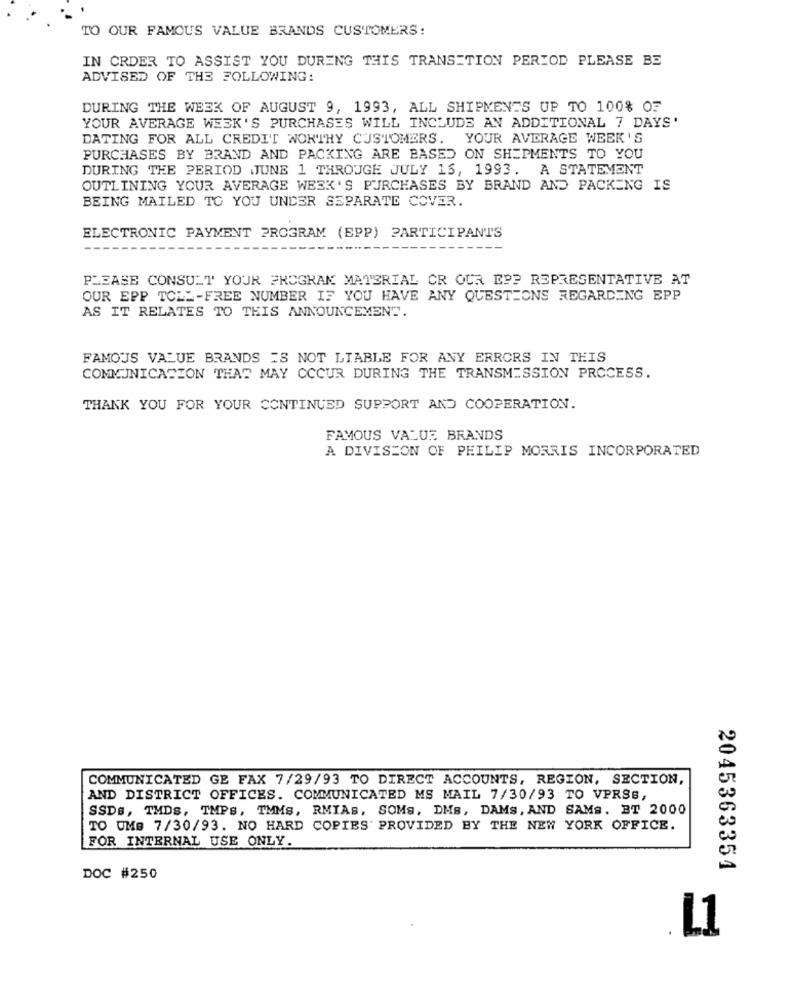
TO OUR FAMOUS VALUE BRANDS CUSTOMERS:
IN CRDER TO ASSIST YOU DURING THIS TRANSITION PERIOD PLEASE BE
ADVISED OF THE FOLLOWING:
DURING THE WEEK OF AUGUST 9, 1993, ALL SHIPMENTS UP TO 100% OF
YOUR AVERAGE WEEK'S PURCHASES WILL INCLUDE AN ADDITIONAL 7 DAYS'
DATING FOR ALL CREDIT WORTHY CUSTOMERS. YOUR AVERAGE WEEK'S
PURCHASES BY BRAND AND PACKING ARE BASED ON SHIPMENTS TO YOU
DURING THE PERIOD JUNE 1 THROUGE JULY 15, 1993. A STATEMENT
OUTLINING YOUR AVERAGE WEEK'S PURCHASES BY BRAND AND PACKING IS
BEING MAILED TO YOU UNDER SEPARATE COVER.
ELECTRONIC PAYMENT PROGRAM (EPP) PARTICIPANTS
PLEASE CONSULT YOUR PROGRAM MATERIAL CR OUR EPP REPRESENTATIVE AT
OUR EPP TOLL-FREE NUMBER IF YOU HAVE ANY QUESTIONS REGARDING EPP
AS IT RELATES TO THIS ANNOUNCEMENT.
FAMOUS VALUE BRANDS IS NOT LIABLE FOR ANY ERRORS IN THIS
COMMUNICATION THAT MAY OCCUR DURING THE TRANSMISSION PROCESS.
THANK YOU FOR YOUR CONTINUED SUPPORT AND COOPERATION.
FAMOUS VALUE BRANDS
A DIVISION OF PHILIP MORRIS INCORPORATED
COMMUNICATED GE FAX 7/29/93 TO DIRECT ACCOUNTS, REGION, SECTION,
AND DISTRICT OFFICES. COMMUNICATED MS MAIL 7/30/93 TO VPRSB,
SSDs, TMDS, TMPs, TMMS, RMIAs, SOMS, DMS, DAMS, AND SAMS. ET 2000
TO UMB 7/30/93. NO HARD COPIES' PROVIDED BY THE NEW YORK OFFICE.
FOR INTERNAL USE ONLY.
2045363354
DOC #250
L1